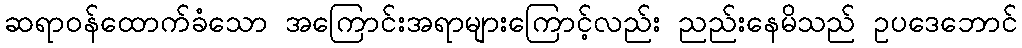
ဆရာဝန်ထောက်ခံသော အကြောင်းအရာများကြောင့်လည်း ညည်းနေမိသည် ဥပဒေဘောင်